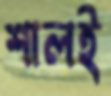
শালই